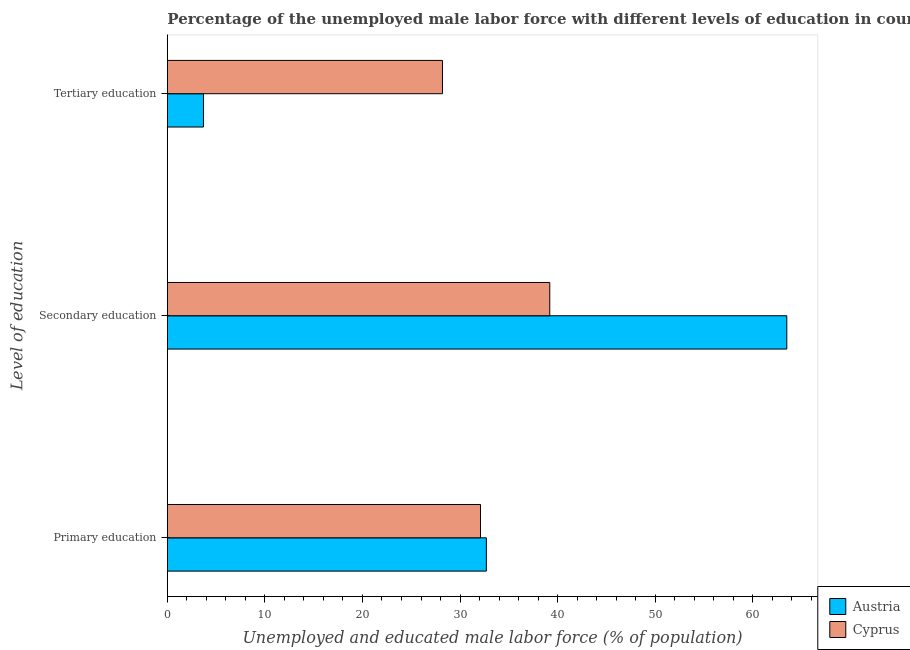
| Level of education | Austria | Cyprus |
 | --- | --- | --- |
 | Primary education | 32.7 | 32.1 |
 | Secondary education | 63.5 | 39.2 |
 | Tertiary education | 3.7 | 28.2 |